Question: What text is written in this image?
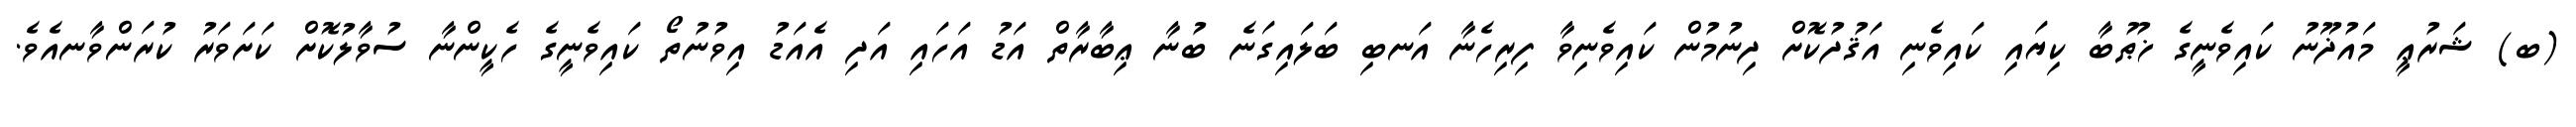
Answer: (ބ) ޝަރުޢީ މައުޛޫނު ކައިވެނީގެ ޚުޠުބާ ކިޔައި ކައިވެނި އަޤުދުކޮށް ދިނުމުން ކައިވެނިވާ ފިރިހެނާ އަނބި ބަލައިގަނެ ބުނާ ޢިބާރާތް އަޑު އަހައި އަދި އެއަޑު އިވުނުތޯ ކައިވެނީގެ ހެކީންނާ ސުވާލުކޮށް ކަށަވަރު ކުރަންވާނއެވެ.